Annual returns of the Patna Lunatic Asylum at Bankipore in Bihar and Orissa - 1912-1924
Year: 1912
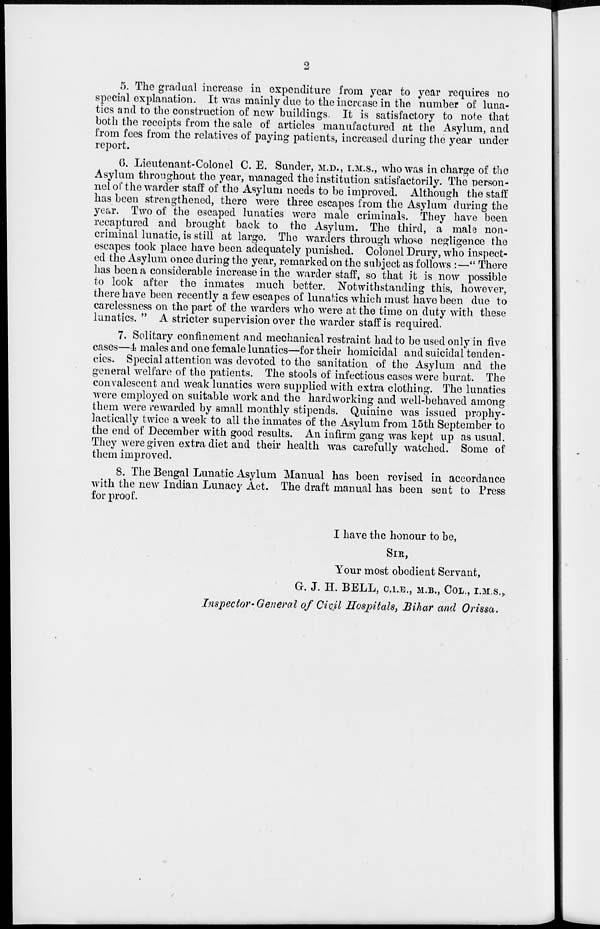
2
5. The gradual increase in expenditure from year to year requires no
special explanation. It was mainly due to the increase in the number of luna-
tics and to the construction of new buildings. It is satisfactory to note that
both the receipts from the sale of articles manufactured at the Asylum, and
from fees from the relatives of paying patients, increased during the year under
report.
6. Lieutenant-Colonel C. E. Sunder, M.D., I.M.S., who was in charge of the
Asylum throughout the year, managed the institution satisfactorily. The person-
nel of the warder staff of the Asylum needs to be improved. Although the staff
has been strengthened, there were three escapes from the Asylum during the
year. Two of the escaped lunatics were male criminals. They have been
recaptured and brought back to the Asylum. The third, a male non-
criminal lunatic, is still at large. The warders through whose negligence the
escapes took place have been adequately punished. Colonel Drury, who inspect-
ed the Asylum once during the year, remarked on the subject as follows :—" There
has been a considerable increase in the warder staff, so that it is now possible
to look after the inmates much better. Notwithstanding this, however,
there have been recently a few escapes of lunatics which must have been due to
carelessness on the part of the warders who were at the time on duty with these
lunatics. " A stricter supervision over the warder staff is required.
7. Solitary confinement and mechanical restraint had to be used only in five
cases—4 males and one female lunatics—for their homicidal and suicidal tenden-
cies. Special attention was devoted to the sanitation of the Asylum and the
general welfare of the patients. The stools of infectious cases were burnt. The
convalescent and weak lunatics were supplied with extra clothing. The lunatics
were employed on suitable work and the hardworking and well-behaved among
them were rewarded by small monthly stipends. Quinine was issued prophy-
lactically twice a week to all the inmates of the Asylum from 15th September to
the end of December with good results. An infirm gang was kept up as usual.
They were given extra diet and their health was carefully watched. Some of
them improved.
8. The Bengal Lunatic Asylum Manual has been revised in accordance
with the new Indian Lunacy Act. The draft manual has been sent to Press
for proof.
I have the honour to be,
SIR,
Your most obedient Servant,
G. J. H. BELL, C.I.E., M.B., COL., I.M.S.,
Inspector-General of Civil Hospitals, Bihar and Orissa.